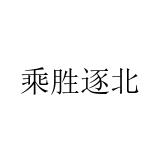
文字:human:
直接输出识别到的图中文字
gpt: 乘胜逐北